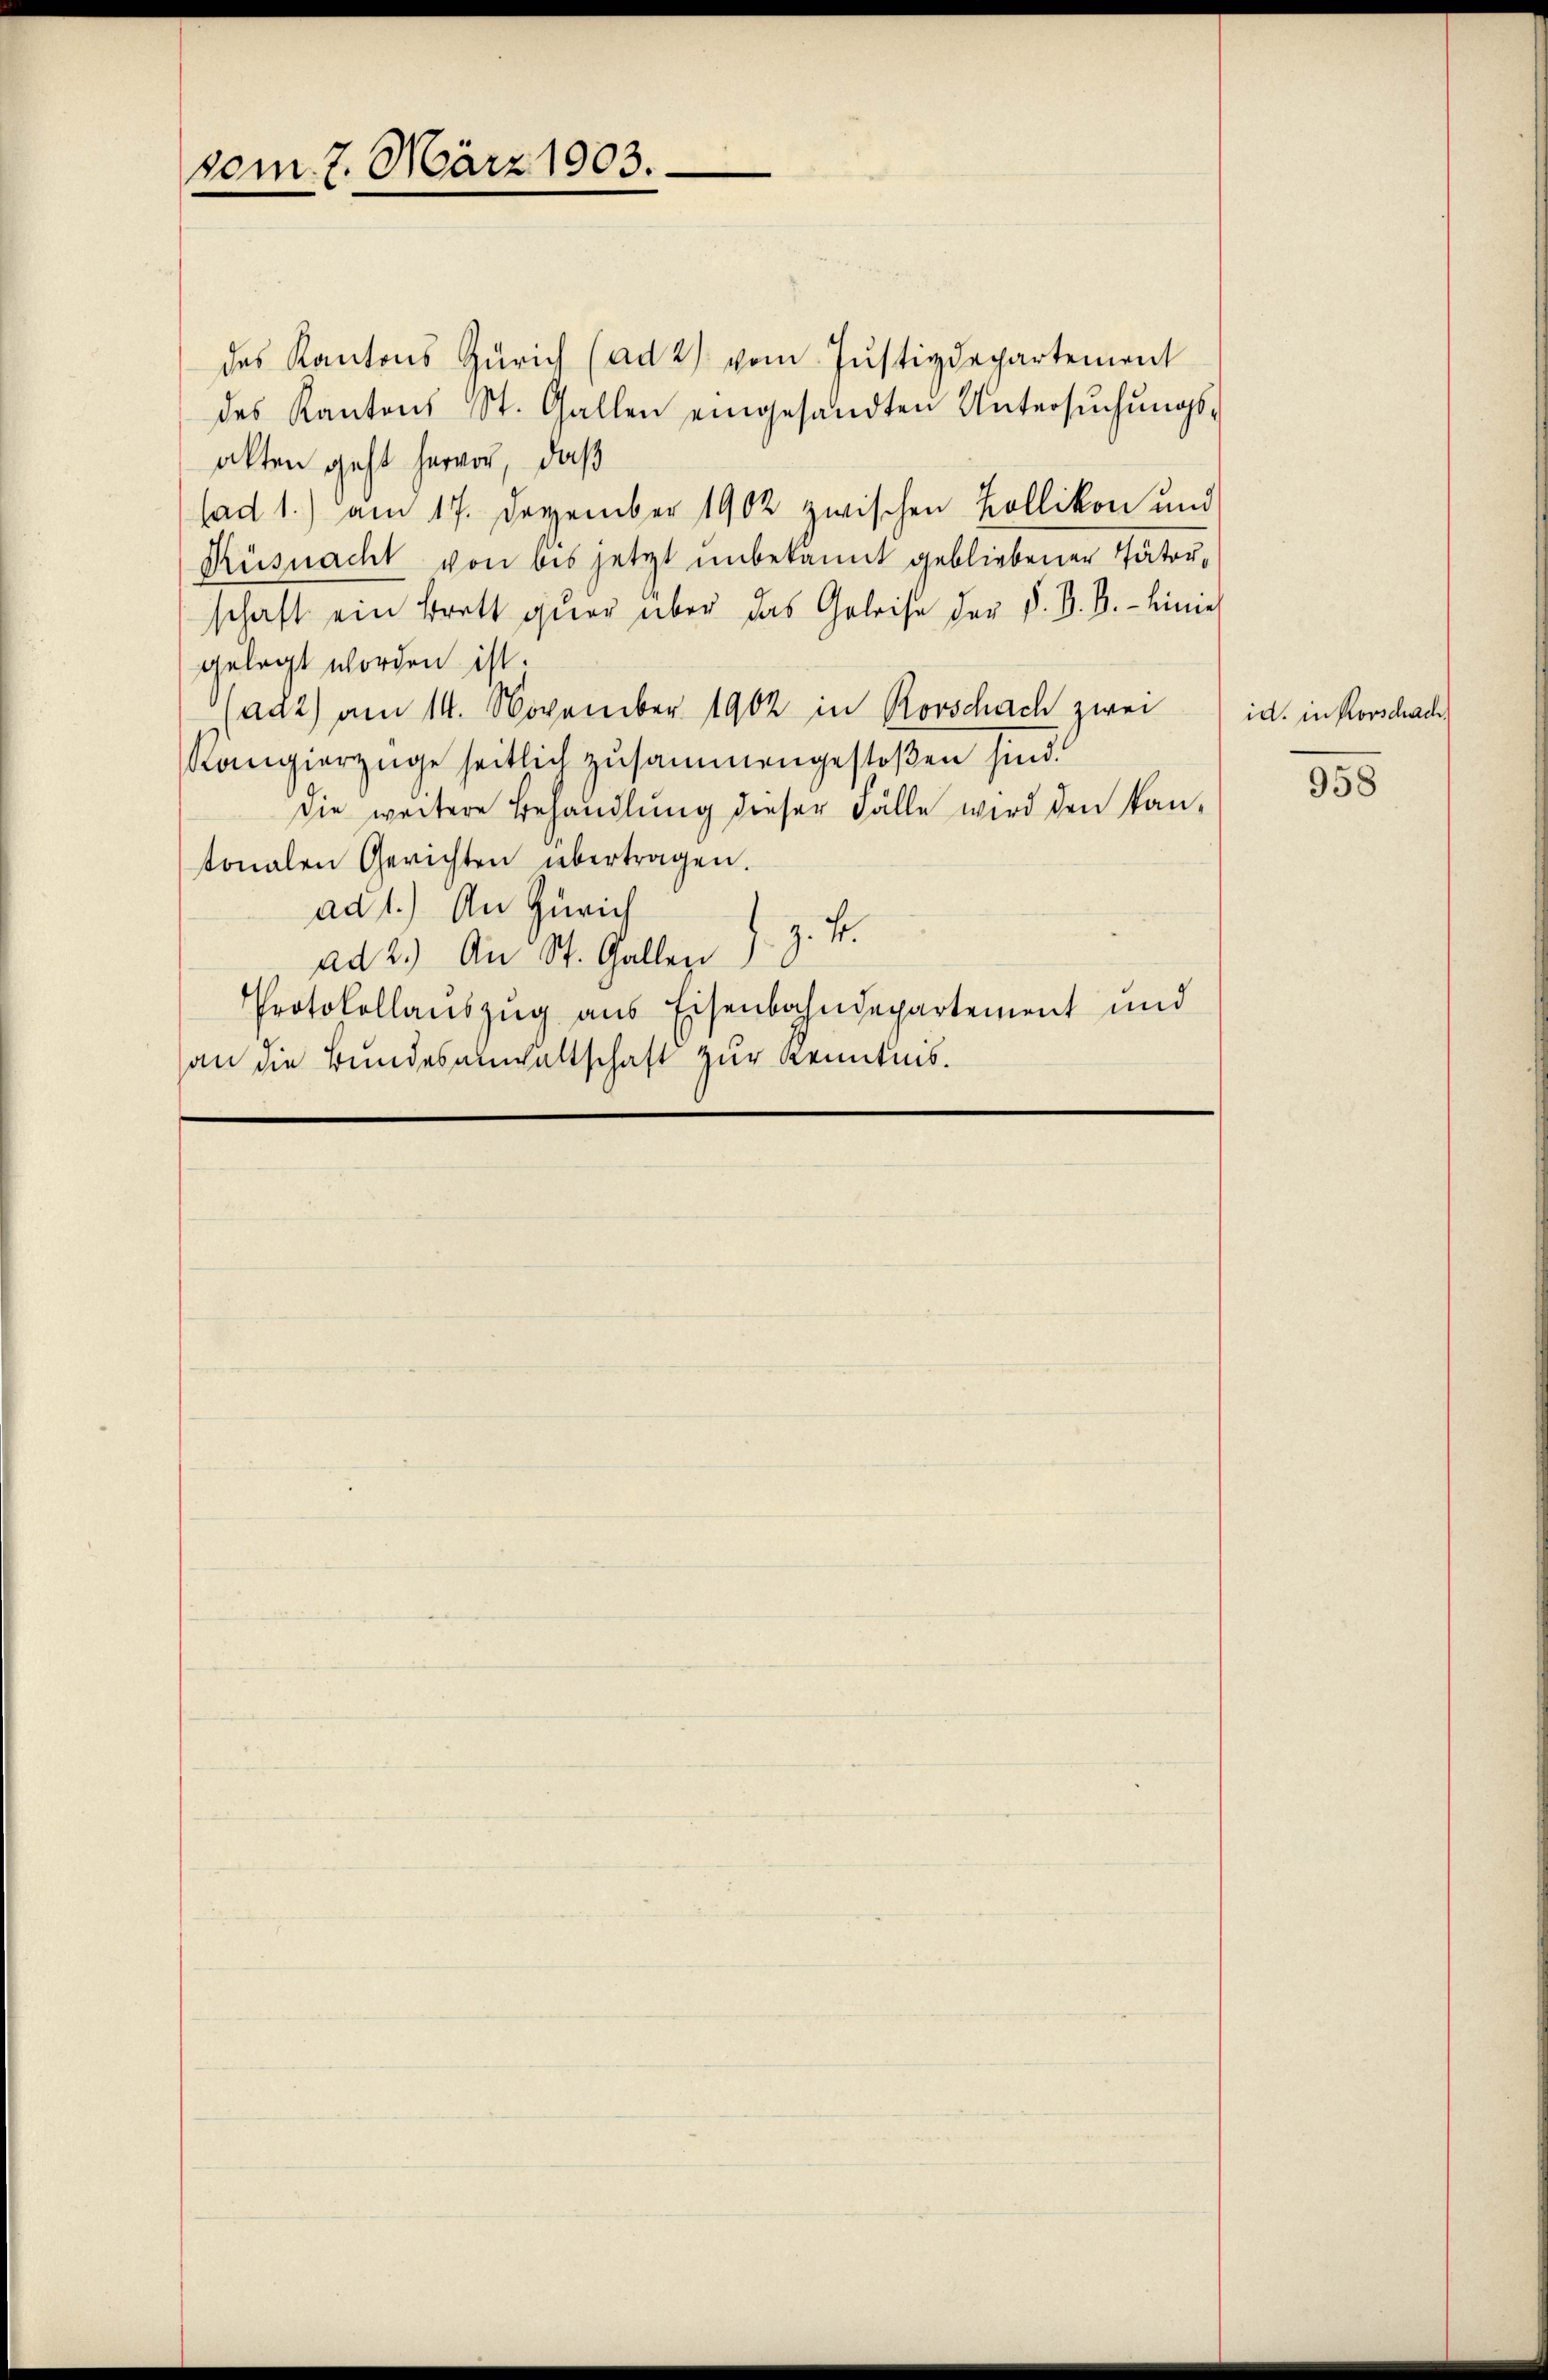
vom 7. März 1903.

des Kantons Zürich (ad 2) vom Justizdepartement
des Kantons St. Gallen eingesandten Untersuchungs-
akten geht hervor, daß
(ad 1.) am 17. Dezember 1902 zwischen Kollikon und
Küsnacht von bis jetzt unbekannt gebliebener Täterschaft ein Brett quer über das Geleise der d. d. B. Linie
gelegt worden ist.
ad2) am 14. November 1902 in Rorschach zwei
Kangierzüge seitlich zusammengestoßen sind.
sie weitere Behandlung dieser Fälle wird den kantonalen Gerichten übertragen.
ad 1.) An Zürich
ad 2.) An St. Galler J. Z. 4
Protokollauszug aus Eisenbahndepartement und
an die Bundesanwaltschaft zur Kenntnis.

id. in Korschach,
958